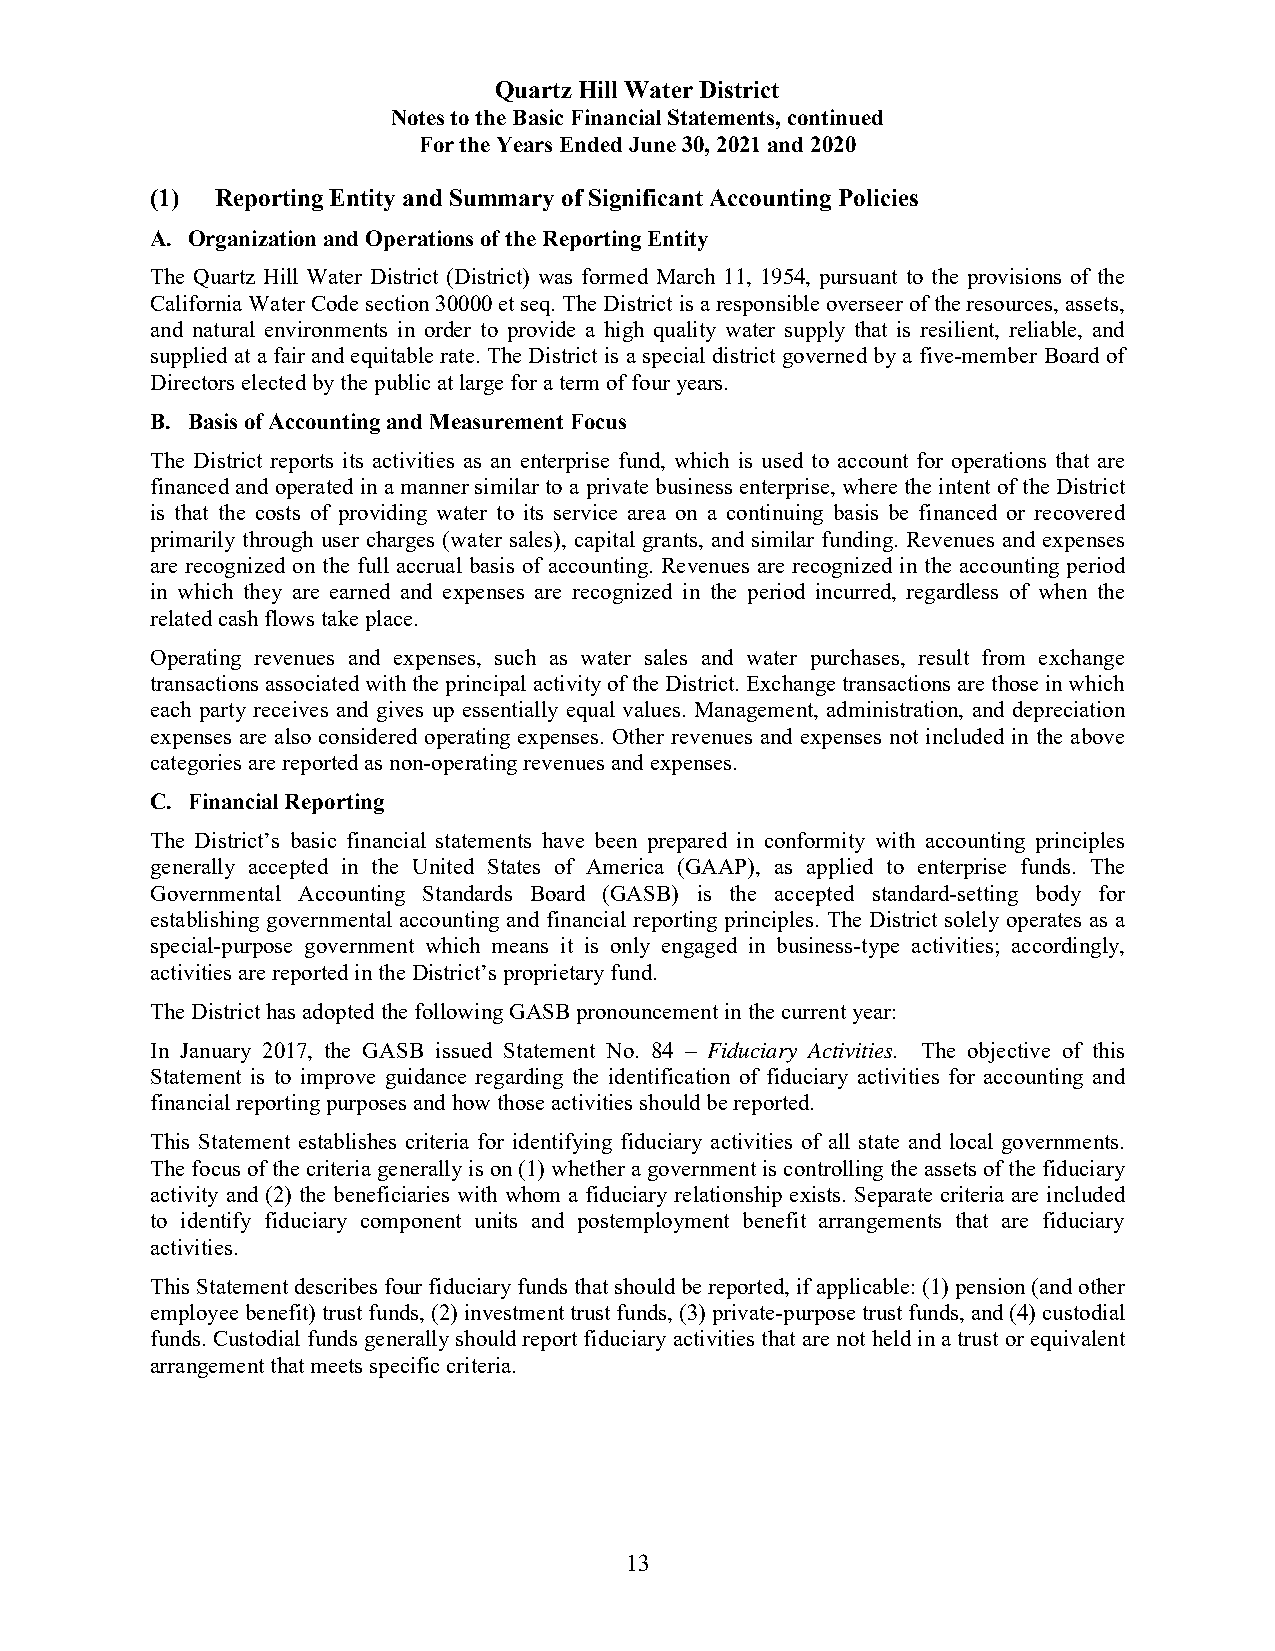
Quartz Hill Water District
 Notes to the Basic Financial Statements, continued
 For the Years Ended June 30, 2021 and 2020
 (1) Reporting Entity and Summary of Significant Accounting Policies
 A. Organization and Operations of the Reporting Entity
 The Quartz Hill Water District (District) was formed March 11, 1954, pursuant to the provisions of the
 California Water Code section 30000 et seq. The District is a responsible overseer of the resources, assets,
 and natural environments in order to provide a high quality water supply that is resilient, reliable, and
 supplied at a fair and equitable rate. The District is a special district governed by a five-member Board of
 Directors elected by the public at large for a term of four years.
 B. Basis of Accounting and Measurement Focus
 The District reports its activities as an enterprise fund, which is used to account for operations that are
 financed and operated in a manner similar to a private business enterprise, where the intent of the District
 is that the costs of providing water to its service area on a continuing basis be financed or recovered
 primarily through user charges (water sales), capital grants, and similar funding. Revenues and expenses
 are recognized on the full accrual basis of accounting. Revenues are recognized in the accounting period
 in which they are earned and expenses are recognized in the period incurred, regardless of when the
 related cash flows take place.
 Operating revenues and expenses, such as water sales and water purchases, result from exchange
 transactions associated with the principal activity of the District. Exchange transactions are those in which
 each party receives and gives up essentially equal values. Management, administration, and depreciation
 expenses are also considered operating expenses. Other revenues and expenses not included in the above
 categories are reported as non-operating revenues and expenses.
 C. Financial Reporting
 The District’s basic financial statements have been prepared in conformity with accounting principles
 generally accepted in the United States of America (GAAP), as applied to enterprise funds. The
 Governmental Accounting Standards Board (GASB) is the accepted standard-setting body for
 establishing governmental accounting and financial reporting principles. The District solely operates as a
 special-purpose government which means it is only engaged in business-type activities; accordingly,
 activities are reported in the District’s proprietary fund.
 The District has adopted the following GASB pronouncement in the current year:
 In January 2017, the GASB issued Statement No. 84 – Fiduciary Activities. The objective of this
 Statement is to improve guidance regarding the identification of fiduciary activities for accounting and
 financial reporting purposes and how those activities should be reported.
 This Statement establishes criteria for identifying fiduciary activities of all state and local governments.
 The focus of the criteria generally is on (1) whether a government is controlling the assets of the fiduciary
 activity and (2) the beneficiaries with whom a fiduciary relationship exists. Separate criteria are included
 to identify fiduciary component units and postemployment benefit arrangements that are fiduciary
 activities.
 This Statement describes four fiduciary funds that should be reported, if applicable: (1) pension (and other
 employee benefit) trust funds, (2) investment trust funds, (3) private-purpose trust funds, and (4) custodial
 funds. Custodial funds generally should report fiduciary activities that are not held in a trust or equivalent
 arrangement that meets specific criteria.
 13